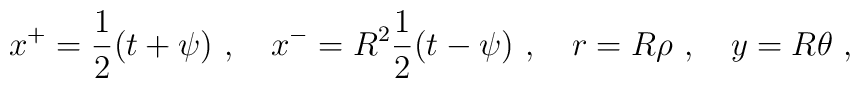
x^+ = \frac12 (t+ \psi) ~,\quad x^- = R^2 \frac12 (t-\psi) ~,\quad r = R \rho ~,\quad y = R \theta ~,